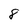
Character: 8